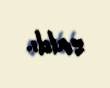
saldı.